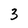
Character: 3